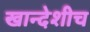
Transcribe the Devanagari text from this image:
खान्देशीच